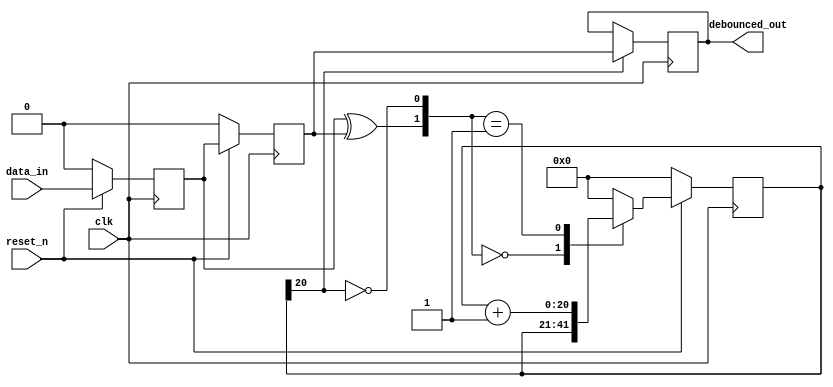
module  debouncer_11 # (
	parameter C_CLK_PERIOD_NS = 10,
	parameter C_DEBOUNCE_TIME_MSEC = 20
	) 
	(
	input clk, reset_n, data_in,				
	output reg 	debounced_out						
	);
    function integer clogb2;
        input [31:0] value;
        begin
            value = value - 1;
            for (clogb2 = 0; value > 0; clogb2 = clogb2 + 1) begin
                value = value >> 1;
            end
        end
    endfunction    
	localparam N = clogb2((C_DEBOUNCE_TIME_MSEC*(10**6))/(C_CLK_PERIOD_NS)); 		
	reg  [N-1 : 0]	reg_q;						
	reg  [N-1 : 0]	next_q;
	reg DFF1, DFF2;								
	wire add_q;									
	wire reset_q;
	assign reset_q = (DFF1  ^ DFF2);		    
	assign add_q = ~(reg_q[N-1]);			    
	always @ (reset_q, add_q, reg_q)
		begin
			case( {reset_q , add_q})
				2'b00 :
						next_q <= reg_q;
				2'b01 :
						next_q <= reg_q + 1;
				default :
						next_q <= { N {1'b0} };
			endcase 	
		end
	always @ ( posedge clk )
		begin
			if(reset_n ==  1'b0)
				begin
					DFF1 <= 1'b0;
					DFF2 <= 1'b0;
					reg_q <= { N {1'b0} };
				end
			else
				begin
					DFF1 <= data_in;
					DFF2 <= DFF1;
					reg_q <= next_q;
				end
		end
	always @ ( posedge clk )
		begin
			if(reg_q[N-1] == 1'b1)
					debounced_out <= DFF2;
			else
					debounced_out <= debounced_out;
		end
endmodule